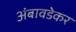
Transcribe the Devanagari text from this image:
अंबावडेकर